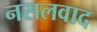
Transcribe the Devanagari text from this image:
नसलवाद